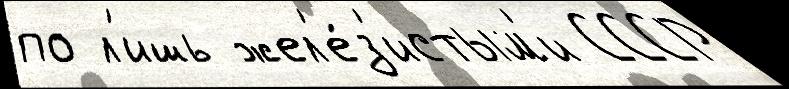
по л'ишь жел'е́з'истым'и СССР